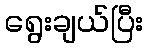
ရွေးချယ်ပြီး